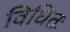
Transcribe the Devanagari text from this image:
विधितः